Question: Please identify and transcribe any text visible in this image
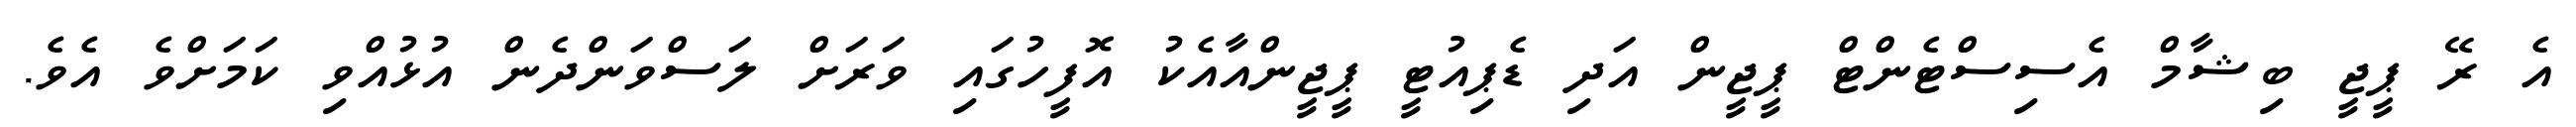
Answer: އެ ރޭ ޕީޖީ ބިޝާމް އެސިސްޓެންޓް ޕީޖީން އަދި ޑެޕިއުޓީ ޕީޖީންއާއެކު އޮފީހުގައި ވަރަށް ލަސްވަންދެން އުޅުއްވި ކަމަށްވެ އެވެ.